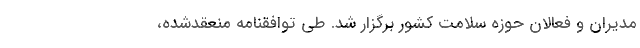
مدیران و فعالان حوزه سلامت كشور برگزار شد. طی توافقنامه منعقدشده،